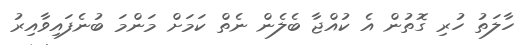
ހާލަތު ހުރި ގޮތުން އެ ކުއްޖާ ބެލެން ނެތް ކަމަށް މަންމަ ބުނެފައިވާއިރު